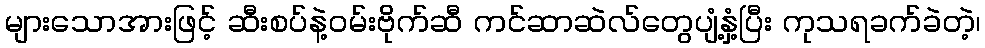
များသောအားဖြင့် ဆီးစပ်နဲ့ဝမ်းဗိုက်ဆီ ကင်ဆာဆဲလ်တွေပျံ့နှံ့ပြီး ကုသရခက်ခဲတဲ့၊